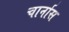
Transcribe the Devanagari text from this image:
चार्नास